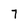
Character: 7